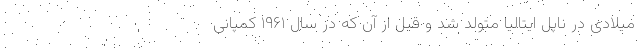
میلادی در ناپل ایتالیا متولد شد و قبل از آن که در سال ۱۹۶۱ کمپانی